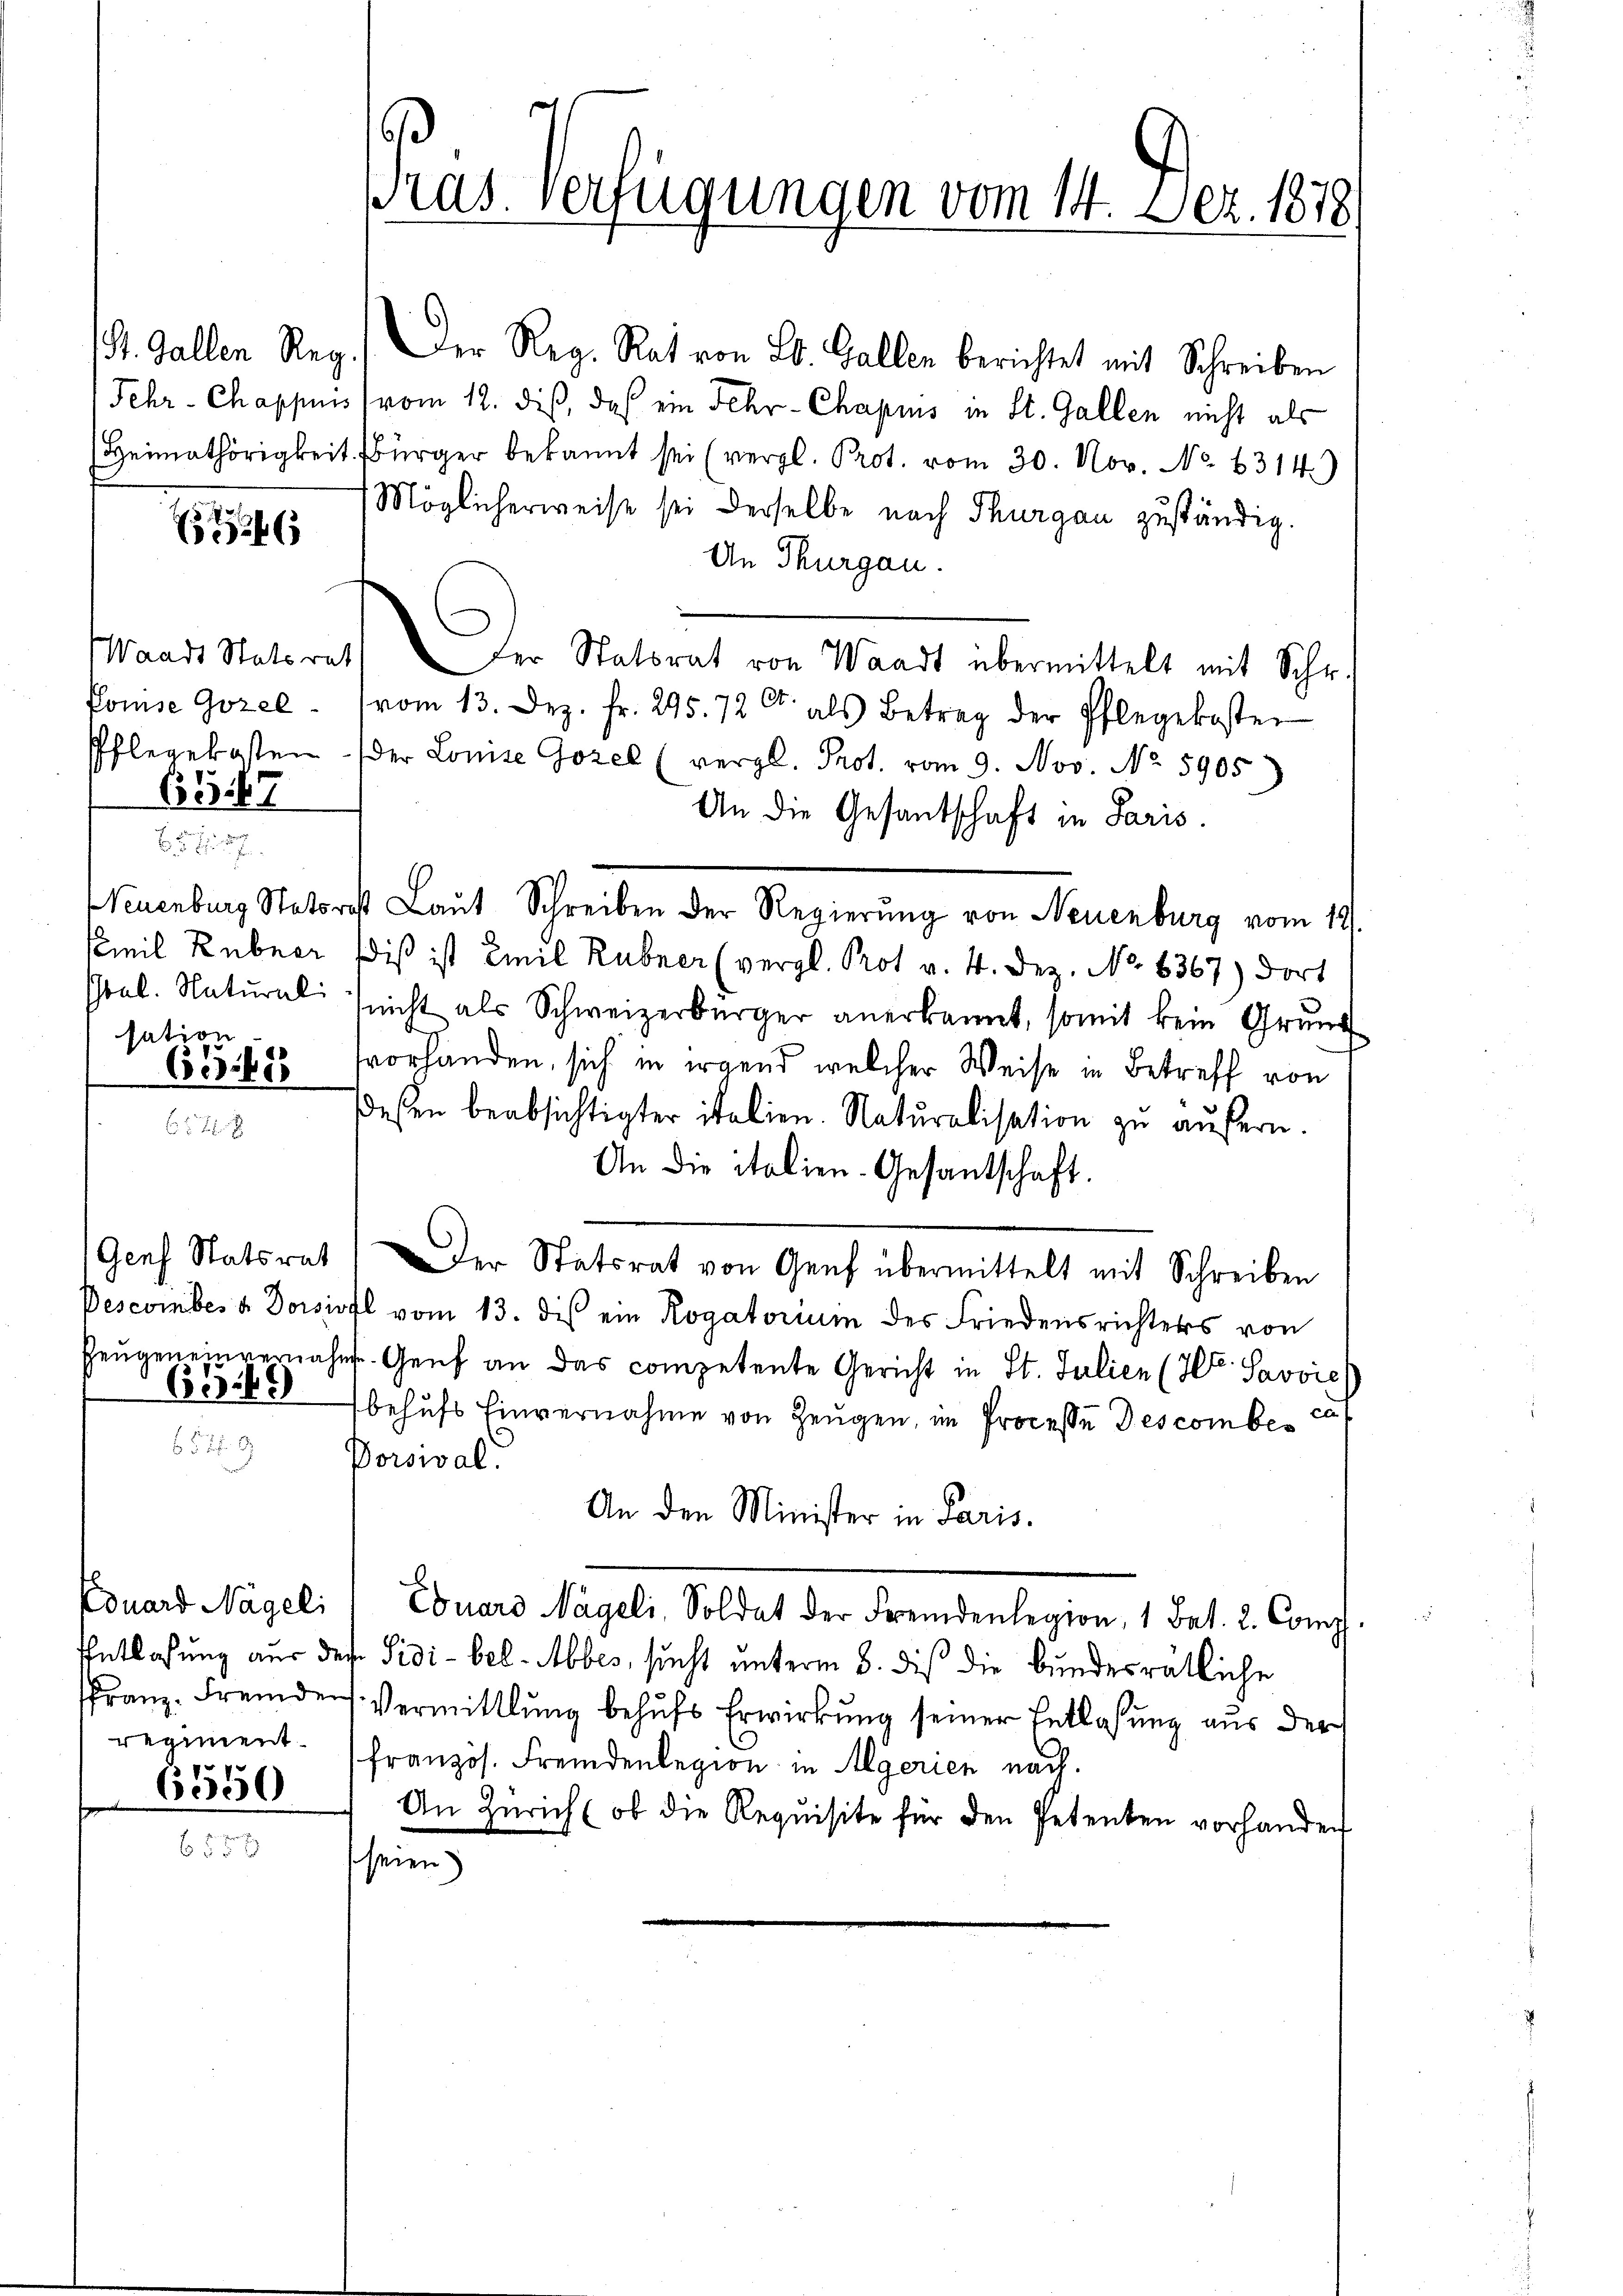
x

Pomise Gozel
657

sation

639

Kouard Nägeli
regiment
6550

Pras. Verfügungen vom 14. Dez. 1878

St. Gallen Reg.) Der Reg. Rat von St. Gallen berichtet mit Schreiben
Jehr-Chappuis (vom 12. dieß, daß ein Fehr-Chapuis in St. Gallen nicht als
Heimathörigkeit. Bürger bekannt sei (vergl. Prot. vom 30. Nov. No. 314.)
Möglicherweise sei derselbe nach Thurgau zuständig.
An Thurgau.
Waadt Statiret. Der Statorat von Waadt übermittelt mit Schri
vom 13. Dez. fr. 295. 72 Ct. als Betrag der Pflegekosten
Pflegekosten der Louise Gozel (vergl. Prot. vom 9. Nov. No. 5905)
An die Gesandschaft in Paris.
Neuenburg Natorist Laut Schreiben der Regierung von Neuenburg vom 19.
Kmil Rebner Wiß ist Emil Rubner (vergl. Prot. v. 4. Dez. No. 6367) dort
seel. Natŭrali nicht als Schweizerbürger anerkannt, somit kein Grund
638 vorhanden, sich in irgend welcher Weise in Betreff von
dessen beabsichtigter italien. Naturalisation zu äufern.
An die italien-Gesantschaft.
Genf Statsrat) Der Statsrat von Genf übermittelt mit Schreiben
Descomber a Dorsiofl vom 13. des ein Rogatorium des Friedensrichters von
Zeŭgeneinvernahme. Genf an das competente Gericht in St. Julien (H. Savvie
behufs Einvernahme von Zeugen, im Processe Descombe
Porsival.
An den Minister in Paris.
Eduard Nägeli, Soldat der Fremdenlegion, 1 Bat. 2. Comp.
Entlaßung aus des Sidi-bel-Abbes, sucht unterm 8. dies die bundesrätliche
franz. Fremder Vermittlung behŭfs Erwirkung seiner Entlassung aus der
französ. Fremdenlegion in Algerien nach.
An Zürich (ob die Requisite für den Petenten vorhanden
seien)